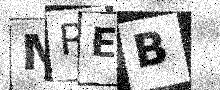
Text: MREB